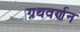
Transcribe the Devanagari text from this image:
ग्रथवर्णन